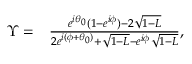
\begin{array} { r l } { \Upsilon = } & { { } \frac { e ^ { i \theta _ { 0 } } ( 1 - e ^ { i \phi } ) - 2 \sqrt { 1 - L } } { 2 e ^ { i ( \phi + \theta _ { 0 } ) } + \sqrt { 1 - L } - e ^ { i \phi } \sqrt { 1 - L } } , } \end{array}